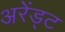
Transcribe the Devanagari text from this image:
अरेंड्ट